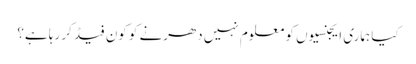
کیا ہماری ایجنسیوں کو معلوم نہیں دھرنے کو کون فیڈ کر رہا ہے؟